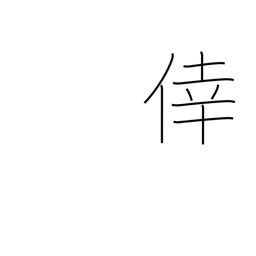
Meaning: happiness